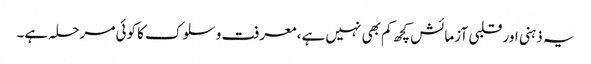
یہ ذہنی اور قلبی آزمائش کچھ کم بھی نہیں ہے، معرفت و سلوک کا کوئی مرحلہ ہے۔